Tezpur Lunatic Asylum reports 1895-1904 - 1895-1904
Year: 1895
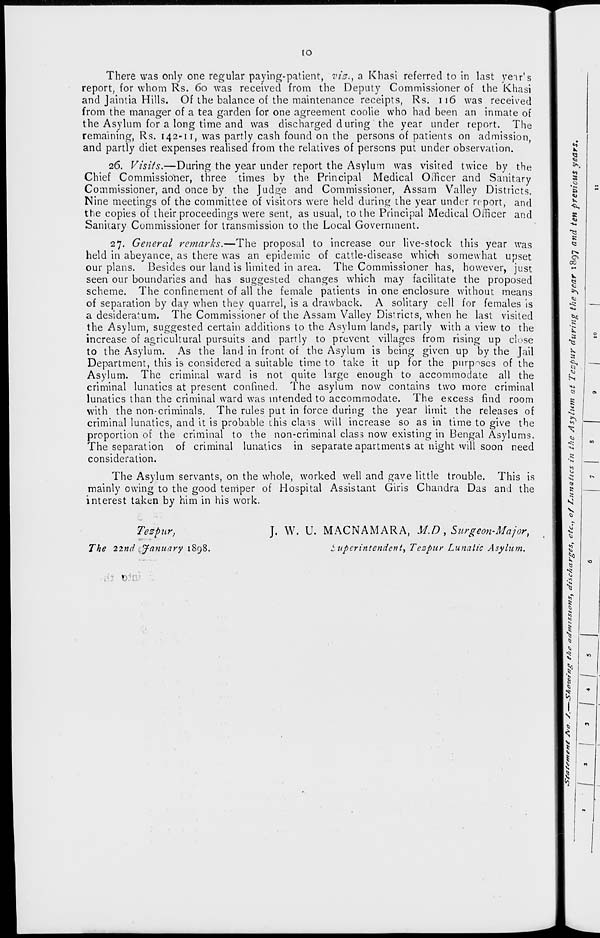
to
There was only one regular paying-patient, viz., a Khasi referred to in last yeir's
report, for whom Rs. 60 was received from the Deputy Commissioner of the Khasi
and Jaintia Hills. Of the balance of the maintenance receipts, Rs. 116 was received
from the manager of a tea garden for one agreement coolie who had been an inmate of
the Asylum for a long time and was discharged during the year under report. The
remaining, Rs. 142-11, was partly cash found on the persons of patients on admission,
and partly diet expenses realised from the relatives of persons put under observation.
26. Visits.—During the year under report the Asylum was visited twice by the
Chief Commissioner, three times by the Principal Medical Officer and Sanitary
Commissioner, and once by the Judge and Commissioner, Assam Valley Districts.
Nine meetings of the committee of visitors were held during the year under report, and
the copies of their proceedings were sent, as usual, to the Principal Medical Officer and
Sanitary Commissioner for transmission to the Local Government.
27. General re?narks.—The proposal to increase our live-stock this year was
held in abeyance, as there was an epidemic of cattle-disease which somewhat upset
our plans. Besides our land is limited in area. The Commissioner has, however, just
seen our boundaries and has suggested changes which may facilitate the proposed
scheme. The confinement of all the female patients in one enclosure without means
of separation by clay when they quarrel, is a drawback. A solitary cell for females is
a desideratum. The Commissioner of the Assam Valley Districts, when he last visited
the Asylum, suggested certain additions to the Asylum lands, partly with a view to the
increase of agricultural pursuits and partly to prevent villages from rising up close
to the. Asylum. As the land in front of the Asylum is being given up by the Jail
Department, this is considered a suitable time to take it up for the purposes of the
Asylum. The criminal ward is not quite large enough to accommodate all the
criminal lunatics at present confined. The asylum now contains two more criminal
lunatics than the criminal ward was intended to accommodate. The excess find room
with the non-criminals. The rules put in force during the year limit the releases of
criminal lunatics, and it is probable this clais will increase so as in time to give the
proportion of the criminal to the non-criminal class now existing in Bengal Asylums.
The separation of criminal lunatics in separate apartments at night will soon need
consideration.
The Asylum servants, on the whole, worked well and gave little trouble. This is
mainly owing to the good temper of Hospital Assistant Giris Chandra Das and the
interest taken by him in his work.
Tespitr,
The 22nd : January 1898.
J. W. U. MACNAMARA, M.D , Surgeon-Major,
Superintendent, Tczpur Lunatic Asylum.
0